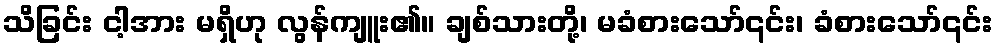
သိခြင်း ငါ့အား မရှိဟု လွန်ကျူး၏။ ချစ်သားတို့၊ မခံစားသော်၎င်း၊ ခံစားသော်၎င်း